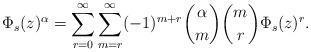
LaTeX: \begin{align*}\Phi_s(z)^\alpha=\sum_{r=0}^\infty\sum_{m=r}^\infty (-1)^{m+r}\binom{\alpha}{m}\binom{m}{r}\Phi_s(z)^r.\end{align*}